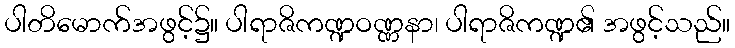
ပါတိမောက်အဖွင့်၌။ ပါရာဇိကဏ္ဍဝဏ္ဏနာ၊ ပါရာဇိကဏ္ဍ၏ အဖွင့်သည်။